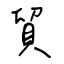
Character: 貿